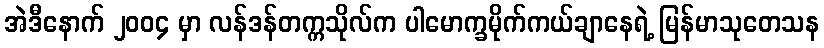
အဲဒီနောက် ၂၀၀၄ မှာ လန်ဒန်တက္ကသိုလ်က ပါမောက္ခမိုက်ကယ်ချာနေရဲ့ မြန်မာသုတေသန